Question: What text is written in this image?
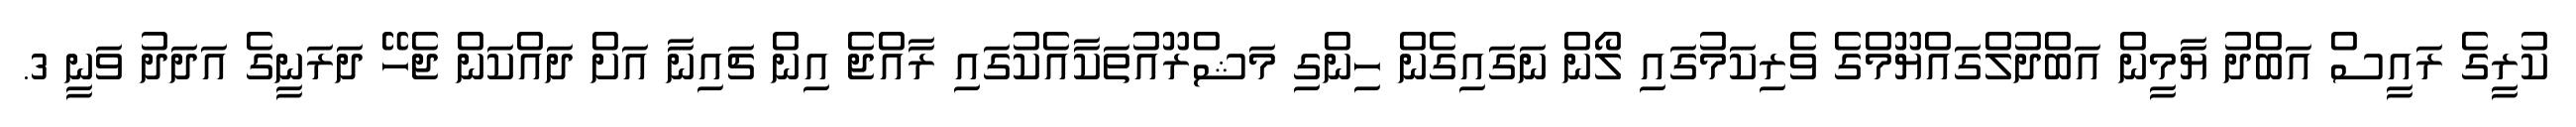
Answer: ކުރީގެ ރައީސް އަބްދު ޔާމީން އަބްދުލްގައްޔޫމްގެ ވެރިކަމުގައި ލޯން ނަގައިގެން ހިންގި މަޝްރޫއުތަކާއެކުގައި ރާއްޖެ އިން ޗައިނާ އަށް ދައްކަން ޖެހޭ ދަރަނީގެ އަދަދު ވަނީ 3.